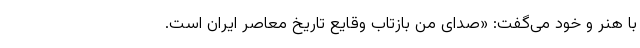
با هنر و خود می‌گفت: «صدای من بازتاب وقایع تاریخ معاصر ایران است.